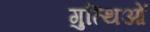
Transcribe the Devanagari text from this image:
गुत्थिओं